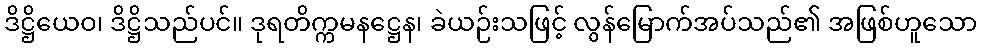
ဒိဋ္ဌိယေဝ၊ ဒိဋ္ဌိသည်ပင်။ ဒုရတိက္ကမနဋ္ဌေန၊ ခဲယဉ်းသဖြင့် လွန်မြောက်အပ်သည်၏ အဖြစ်ဟူသော